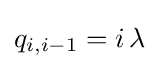
q_{i,i-1}=i\,\lambda